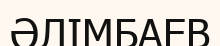
ӘЛІМБАЕВ